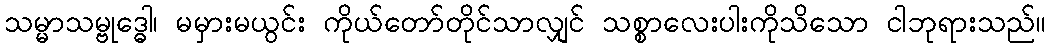
သမ္မာသမ္ဗုဒ္ဓေါ၊ မမှားမယွင်း ကိုယ်တော်တိုင်သာလျှင် သစ္စာလေးပါးကိုသိသော ငါဘုရားသည်။